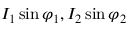
I _ { 1 } \sin \varphi _ { 1 } , I _ { 2 } \sin \varphi _ { 2 }